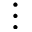
\vdots